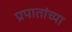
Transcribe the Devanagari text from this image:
प्रपातांच्या